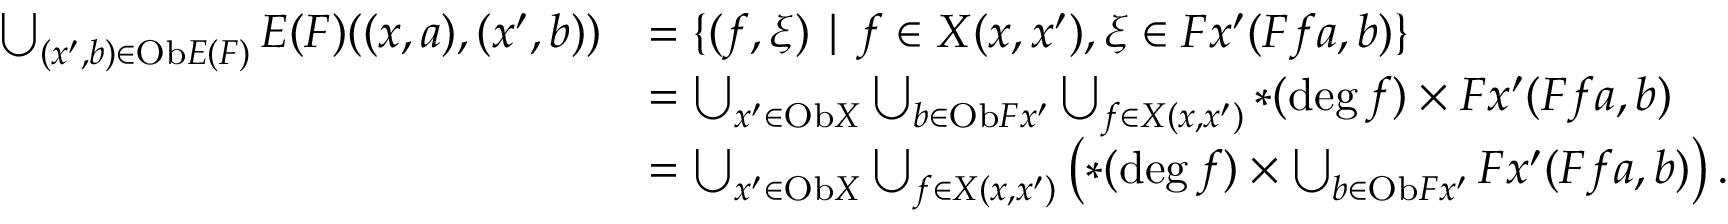
\begin{array} { r l } { \bigcup _ { ( x ^ { \prime } , b ) \in \mathrm { O b } E ( F ) } E ( F ) ( ( x , a ) , ( x ^ { \prime } , b ) ) } & { = \{ ( f , \xi ) \mid f \in X ( x , x ^ { \prime } ) , \xi \in F x ^ { \prime } ( F f a , b ) \} } \\ & { = \bigcup _ { x ^ { \prime } \in \mathrm { O b } X } \bigcup _ { b \in \mathrm { O b } F x ^ { \prime } } \bigcup _ { f \in X ( x , x ^ { \prime } ) } \ast ( \deg f ) \times F x ^ { \prime } ( F f a , b ) } \\ & { = \bigcup _ { x ^ { \prime } \in \mathrm { O b } X } \bigcup _ { f \in X ( x , x ^ { \prime } ) } \left( \ast ( \deg f ) \times \bigcup _ { b \in \mathrm { O b } F x ^ { \prime } } F x ^ { \prime } ( F f a , b ) \right) . } \end{array}